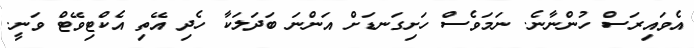
އެވައިރަސް ހުންނާނެ. ނަމަވެސް ހަށިގަނޑަށް އަންނަ ބަދަލަކާ ހެދި އޭތި އެކްޓިވޭޓް ވަނީ.